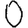
Digit: 0